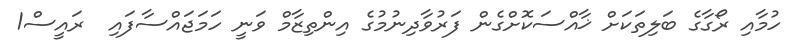
ހުމާއި ރޯގާގެ ބަލިތަކަށް ޚާއްސަކޮށްގެން ފަރުވާދިނުމުގެ އިންތިޒާމް ވަނީ ހަމަޖައްސާފައި  ރައީސް1